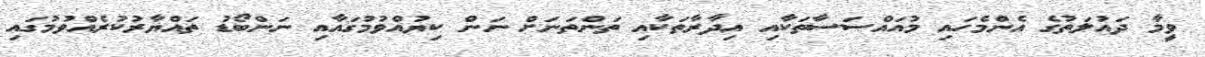
ވީމާ ދައުލަތުގެ އެންމެހައި މުއައްސަސާތަކާއި އިދާރާތަކާއި ތަންތަނަށް ނަން ކިޔުއްވުމުގައާއި ނަންބޯޑު ތައްޔާރުކުރެއްވުމުގައި